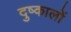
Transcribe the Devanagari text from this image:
दुष्कालों